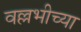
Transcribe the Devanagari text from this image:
वल्लभीच्या